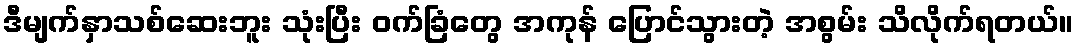
ဒီမျက်နှာသစ်ဆေးဘူး သုံးပြီး ဝက်ခြံတွေ အကုန် ပြောင်သွားတဲ့ အစွမ်း သိလိုက်ရတယ်။